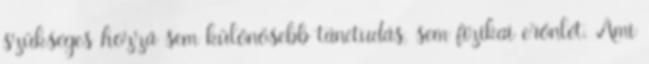
szükséges hozzá sem különösebb tánctudás, sem fizikai erőnlét. Ami